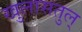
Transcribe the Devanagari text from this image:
खुलासतुल्